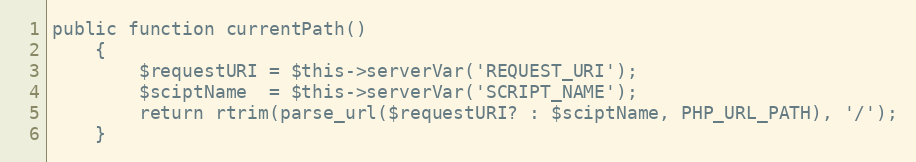
Language: PHP
public function currentPath()
    {
        $requestURI = $this->serverVar('REQUEST_URI');
        $sciptName  = $this->serverVar('SCRIPT_NAME');
        return rtrim(parse_url($requestURI? : $sciptName, PHP_URL_PATH), '/');
    }